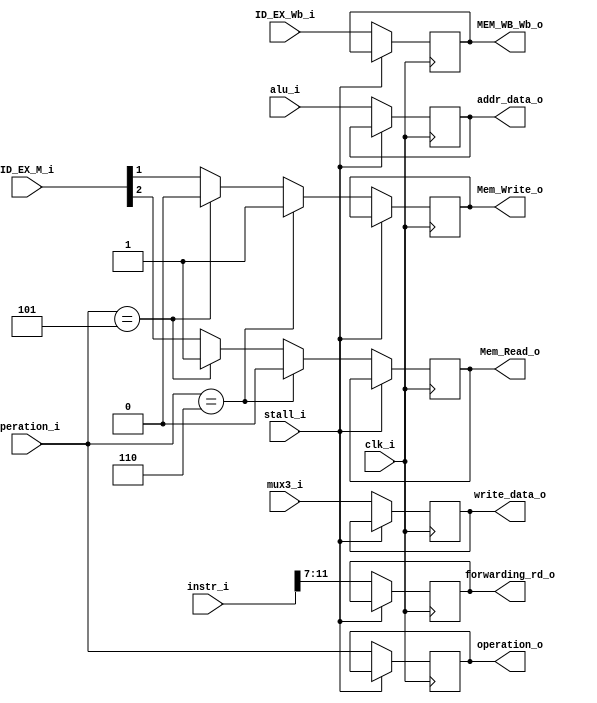
module EX_MEM(
    clk_i,
    ID_EX_Wb_i,
    ID_EX_M_i,
    MEM_WB_Wb_o,
    alu_i,         
    mux3_i, 
    instr_i, 
    operation_i,
    operation_o,
    Mem_Read_o,      
    Mem_Write_o,     
    write_data_o,   //data memory
    addr_data_o,   //data memory 
    forwarding_rd_o,
    stall_i
);

input           clk_i;
input           stall_i;
input   [2:0]   ID_EX_M_i;
input   [1:0]   ID_EX_Wb_i;
input   [3:0]   operation_i;
input   [31:0]  mux3_i;
input   [31:0]  alu_i;
input   [31:0]  instr_i;

output  [1:0]   MEM_WB_Wb_o;
output          Mem_Read_o;
output          Mem_Write_o;
output  [3:0]   operation_o;
output  [31:0]  addr_data_o;
output  [31:0]  write_data_o;
output  [4:0]   forwarding_rd_o;

reg     [3:0]   operation_o;
reg     [31:0]  addr_data_o;
reg     [4:0]   forwarding_rd_o;
reg     [31:0]  write_data_o;
reg     [1:0]   MEM_WB_Wb_o;
reg             Mem_Read_o = 1'b0;
reg             Mem_Write_o = 1'b0;

//assign  operation_o = operation_i;
//assign  addr_data_o = alu_i;
//assign  forwarding_rd_o = instr_i[11:7];
//assign  write_data_o = mux3_i;
//assign  MEM_WB_Wb_o = ID_EX_Wb_i;

//reg     tmp_Mem_Read_o;
//reg     tmp_Mem_Write_o;
//assign Mem_Read_o = tmp_Mem_Read_o;
//assign Mem_Write_o = tmp_Mem_Write_o;




always @(posedge clk_i) begin

    if (stall_i) begin
    end
    else begin

        Mem_Read_o<= ID_EX_M_i[2];
        Mem_Write_o<= ID_EX_M_i[1];
     
        if (operation_i == 4'b0101) begin//lw
        //tmp_Mem_Read_o = 1;
        Mem_Read_o <= 1;
        //tmp_Mem_Write_o = 0;
        Mem_Write_o <= 0;
        end
        if (operation_i == 4'b0110) begin
        //tmp_Mem_Read_o = 0;
        Mem_Read_o <= 0;
        //tmp_Mem_Write_o = 1;
        Mem_Write_o <= 1;
        end
        
        operation_o <= operation_i;
        addr_data_o <= alu_i;       // lw sw    
        forwarding_rd_o <= instr_i[11:7];
        write_data_o <= mux3_i;
        MEM_WB_Wb_o <= ID_EX_Wb_i;
    end

end

//assign Mem_Read_o = tmp_Mem_Read_o;
//assign Mem_Write_o = tmp_Mem_Write_o;

endmodule